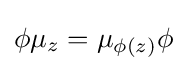
\phi \mu _{z}=\mu _{\phi (z)}\phi